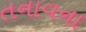
તનાવના